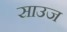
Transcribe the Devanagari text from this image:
साउज